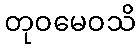
တုဝမေဝသိ